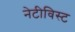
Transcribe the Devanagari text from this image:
नेटीविस्ट